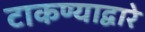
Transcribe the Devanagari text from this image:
टाकण्याद्वारे